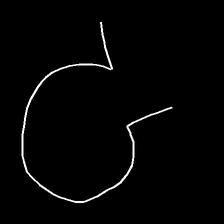
Glyph: weave